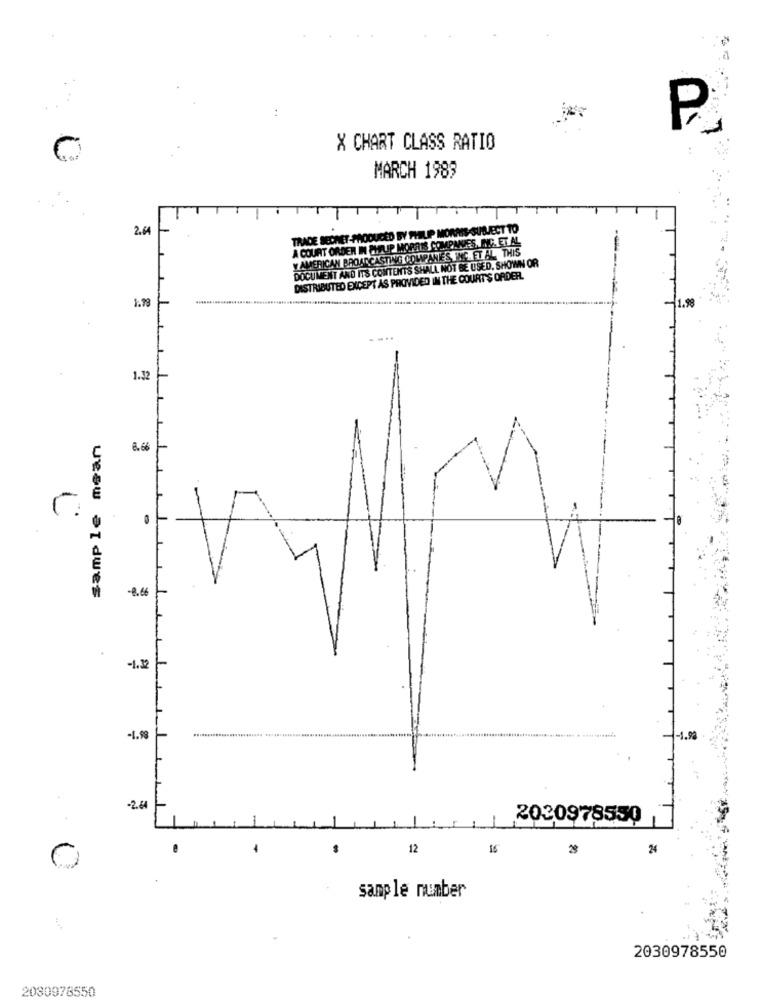
X CHART CLASS RATIO
MARCH 1983
2.64
TRADE SECRET-PRODUCED BY PHILIP MORRIS-SUBJECT TO
A COURT ORDER IN CHAUP MORRIS COMPANIES, INC. ET. AL
Y AMERICAN BROADCASTING COMPANIES INC. ET AL ., THIS
DOCUMENT AND ITS CONTENTS SHALL NOT BE USED, SHOWN OR
DISTRIBUTED EXCEPT AS PROVIDED IN THE COURT'S ORDER.
1.79
1.98
1.32
sample mean
8. 66
C.
-1.32
-1.9
1-1.98
-2.64
2020978550
4
12
16
29
24
0
sample number
2030978550
2030978550